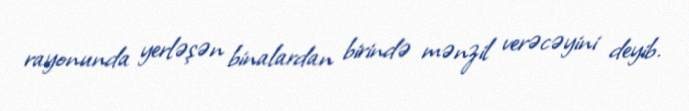
rayonunda yerləşən binalardan birində mənzil verəcəyini deyib.